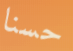
حسنا